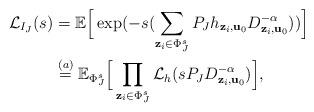
LaTeX: \begin{align*}\mathcal{L}_{I_J}(s) &= \mathbb{E} \Big[\exp(-s(\sum_{\mathbf{z}_i \in \Phi_J^s} P_J h_{\mathbf{z}_i, \mathbf{u}_0} D_{\mathbf{z}_i, \mathbf{u}_0}^{-\alpha})) \Big] \\&\overset{(a)}{=} \mathbb{E}_{\Phi_J^s} \Big[\prod_{\mathbf{z}_i \in \Phi_J^s} \mathcal{L}_h(s P_J D_{\mathbf{z}_i, \mathbf{u}_0}^{-\alpha}) \Big],\end{align*}